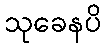
သုခေနပိ